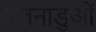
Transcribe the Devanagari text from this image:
बलनाडुओं